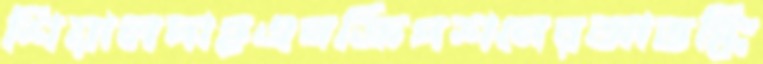
শিয়ালদাহএনক্রিপশনেরআতঙ্কি